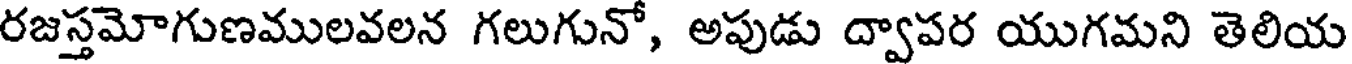
రజస్తమోగుణములవలన గలుగునో, అపుడు ద్వాపర యుగమని తెలియ